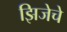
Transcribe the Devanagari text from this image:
झिजेचे